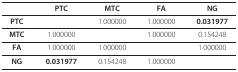
<table><thead><tr><td></td><td><b>PTC</b></td><td><b>MTC</b></td><td><b>FA</b></td><td><b>NG</b></td></tr></thead><tbody><tr><td><b>PTC</b></td><td></td><td>1.000000</td><td>1.000000</td><td><b>0.031977</b></td></tr><tr><td><b>MTC</b></td><td>1.000000</td><td></td><td>1.000000</td><td>0.154248</td></tr><tr><td><b>FA</b></td><td>1.000000</td><td>1.000000</td><td></td><td>1.000000</td></tr><tr><td><b>NG</b></td><td><b>0.031977</b></td><td>0.154248</td><td>1.000000</td><td></td></tr></tbody></table>